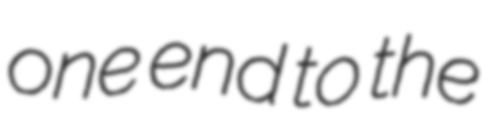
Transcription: one end to the